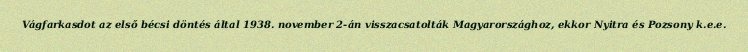
Vágfarkasdot az első bécsi döntés által 1938. november 2-án visszacsatolták Magyarországhoz, ekkor Nyitra és Pozsony k.e.e.